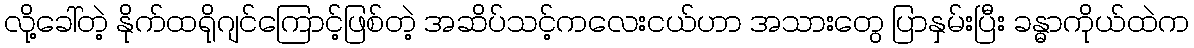
လို့ခေါ်တဲ့ နိုက်ထရိုဂျင်ကြောင့်ဖြစ်တဲ့ အဆိပ်သင့်ကလေးငယ်ဟာ အသားတွေ ပြာနှမ်းပြီး ခန္ဓာကိုယ်ထဲက